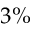
3 \%